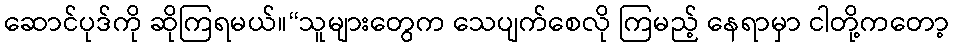
ဆောင်ပုဒ်ကို ဆိုကြရမယ်။“သူများတွေက သေပျက်စေလို ကြမည့် နေရာမှာ ငါတို့ကတော့